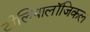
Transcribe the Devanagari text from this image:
टीलियालॉजिकल